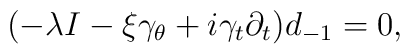
(-\lambda I-\xi\gamma _\theta +i\gamma _t\partial _t)d_{-1}=0,